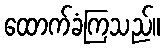
ထောက်ခံကြသည်။